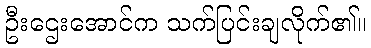
ဦးဌေးအောင်က သက်ပြင်းချလိုက်၏။